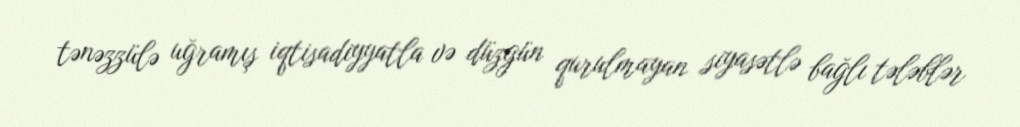
tənəzzülə uğramış iqtisadiyyatla və düzgün qurulmayan siyasətlə bağlı tələblər